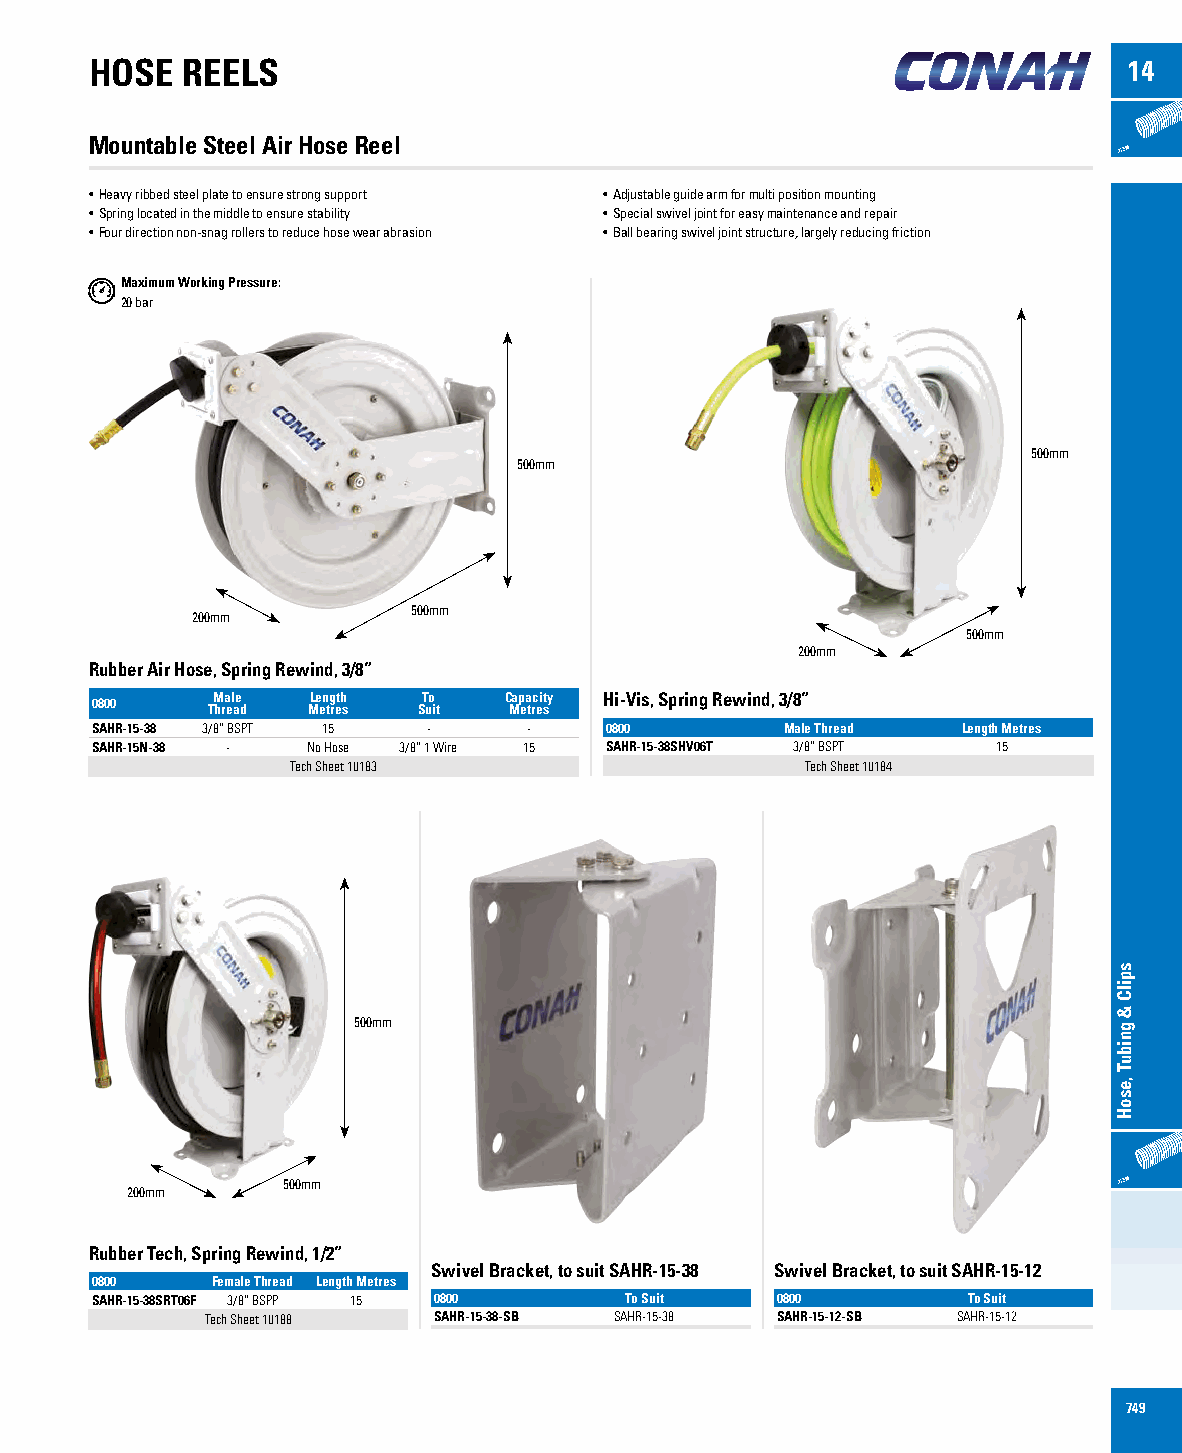
HOSE  REELS                                                          14
 Mountable Steel Air Hose Reel
 • Heavy ribbed steel plate to ensure strong support • Adjustable guide arm for multi position mounting
 • Spring located in the middle to ensure stability • Special swivel joint for easy maintenance and repair
 • Four direction non-snag rollers to reduce hose wear abrasion • Ball bearing swivel joint structure, largely reducing friction
 Maximum Working Pressure:
 20 bar
 500mm
 500mm
 500mm
 200mm
 500mm
 200mm
 Rubber Air Hose, Spring Rewind, 3/8”
 0800    TM hra el ae d MLe en tg reth s ST uo it C Map ea trc ei sty Hi-Vis, Spring Rewind, 3/8”
 SAHR-15-38 3/8” BSPT 15 -    -    0800        Male Thread Length Metres
 SAHR-15N-38 - No Hose 3/8” 1 Wire 15 SAHR-15-38SHV06T 3/8” BSPT 15
 Tech Sheet 10183                  Tech Sheet 10184
 500mm
 500mm
 200mm
 Rubber Tech, Spring Rewind, 1/2”
 Swivel Bracket, to suit SAHR-15-38 Swivel Bracket, to suit SAHR-15-12
 0800    Female Thread Length Metres
 SAHR-15-38SRT06F 3/8” BSPP 15 0800 To Suit   0800         To Suit
 Tech Sheet 10188 SAHR-15-38-SB SAHR-15-38 SAHR-15-12-SB SAHR-15-12
 749
 spilC
 &
 gnibuT
 ,esoH